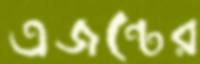
এজন্টের